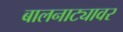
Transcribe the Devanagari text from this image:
बालनाट्यावर